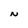
Character: N